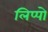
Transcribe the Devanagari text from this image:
लिप्पो